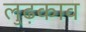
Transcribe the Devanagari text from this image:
लुढ़काव